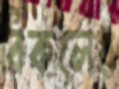
বিকলের